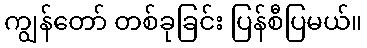
ကျွန်တော် တစ်ခုခြင်း ပြန်စီပြမယ်။